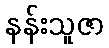
နန်းသူဇာ